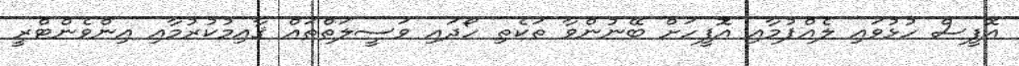
އޮފީސް ހުޅުވައި ލެއްޕުމާއި އޮފީހަށް ބޭނުންވާ ތަކެތި ހޯދައި ވަސީލަތްތައް ޤާއިމުކުރުމާއި އިންވެންޓްރީ